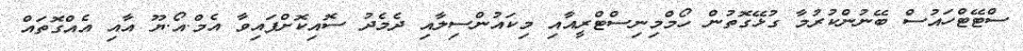
ސްޓޭޓްހައުސް ބޭނުންކުރުމާ ގުޅޭގޮތުން ހޯމްމިނިސްޓްރީއާއި މިކައުންސިލާއި ދެމެދު ސޮއިކޮށްފައިވާ އެމް.އޯ.ޔޫ އާއި އެއްގޮތައް